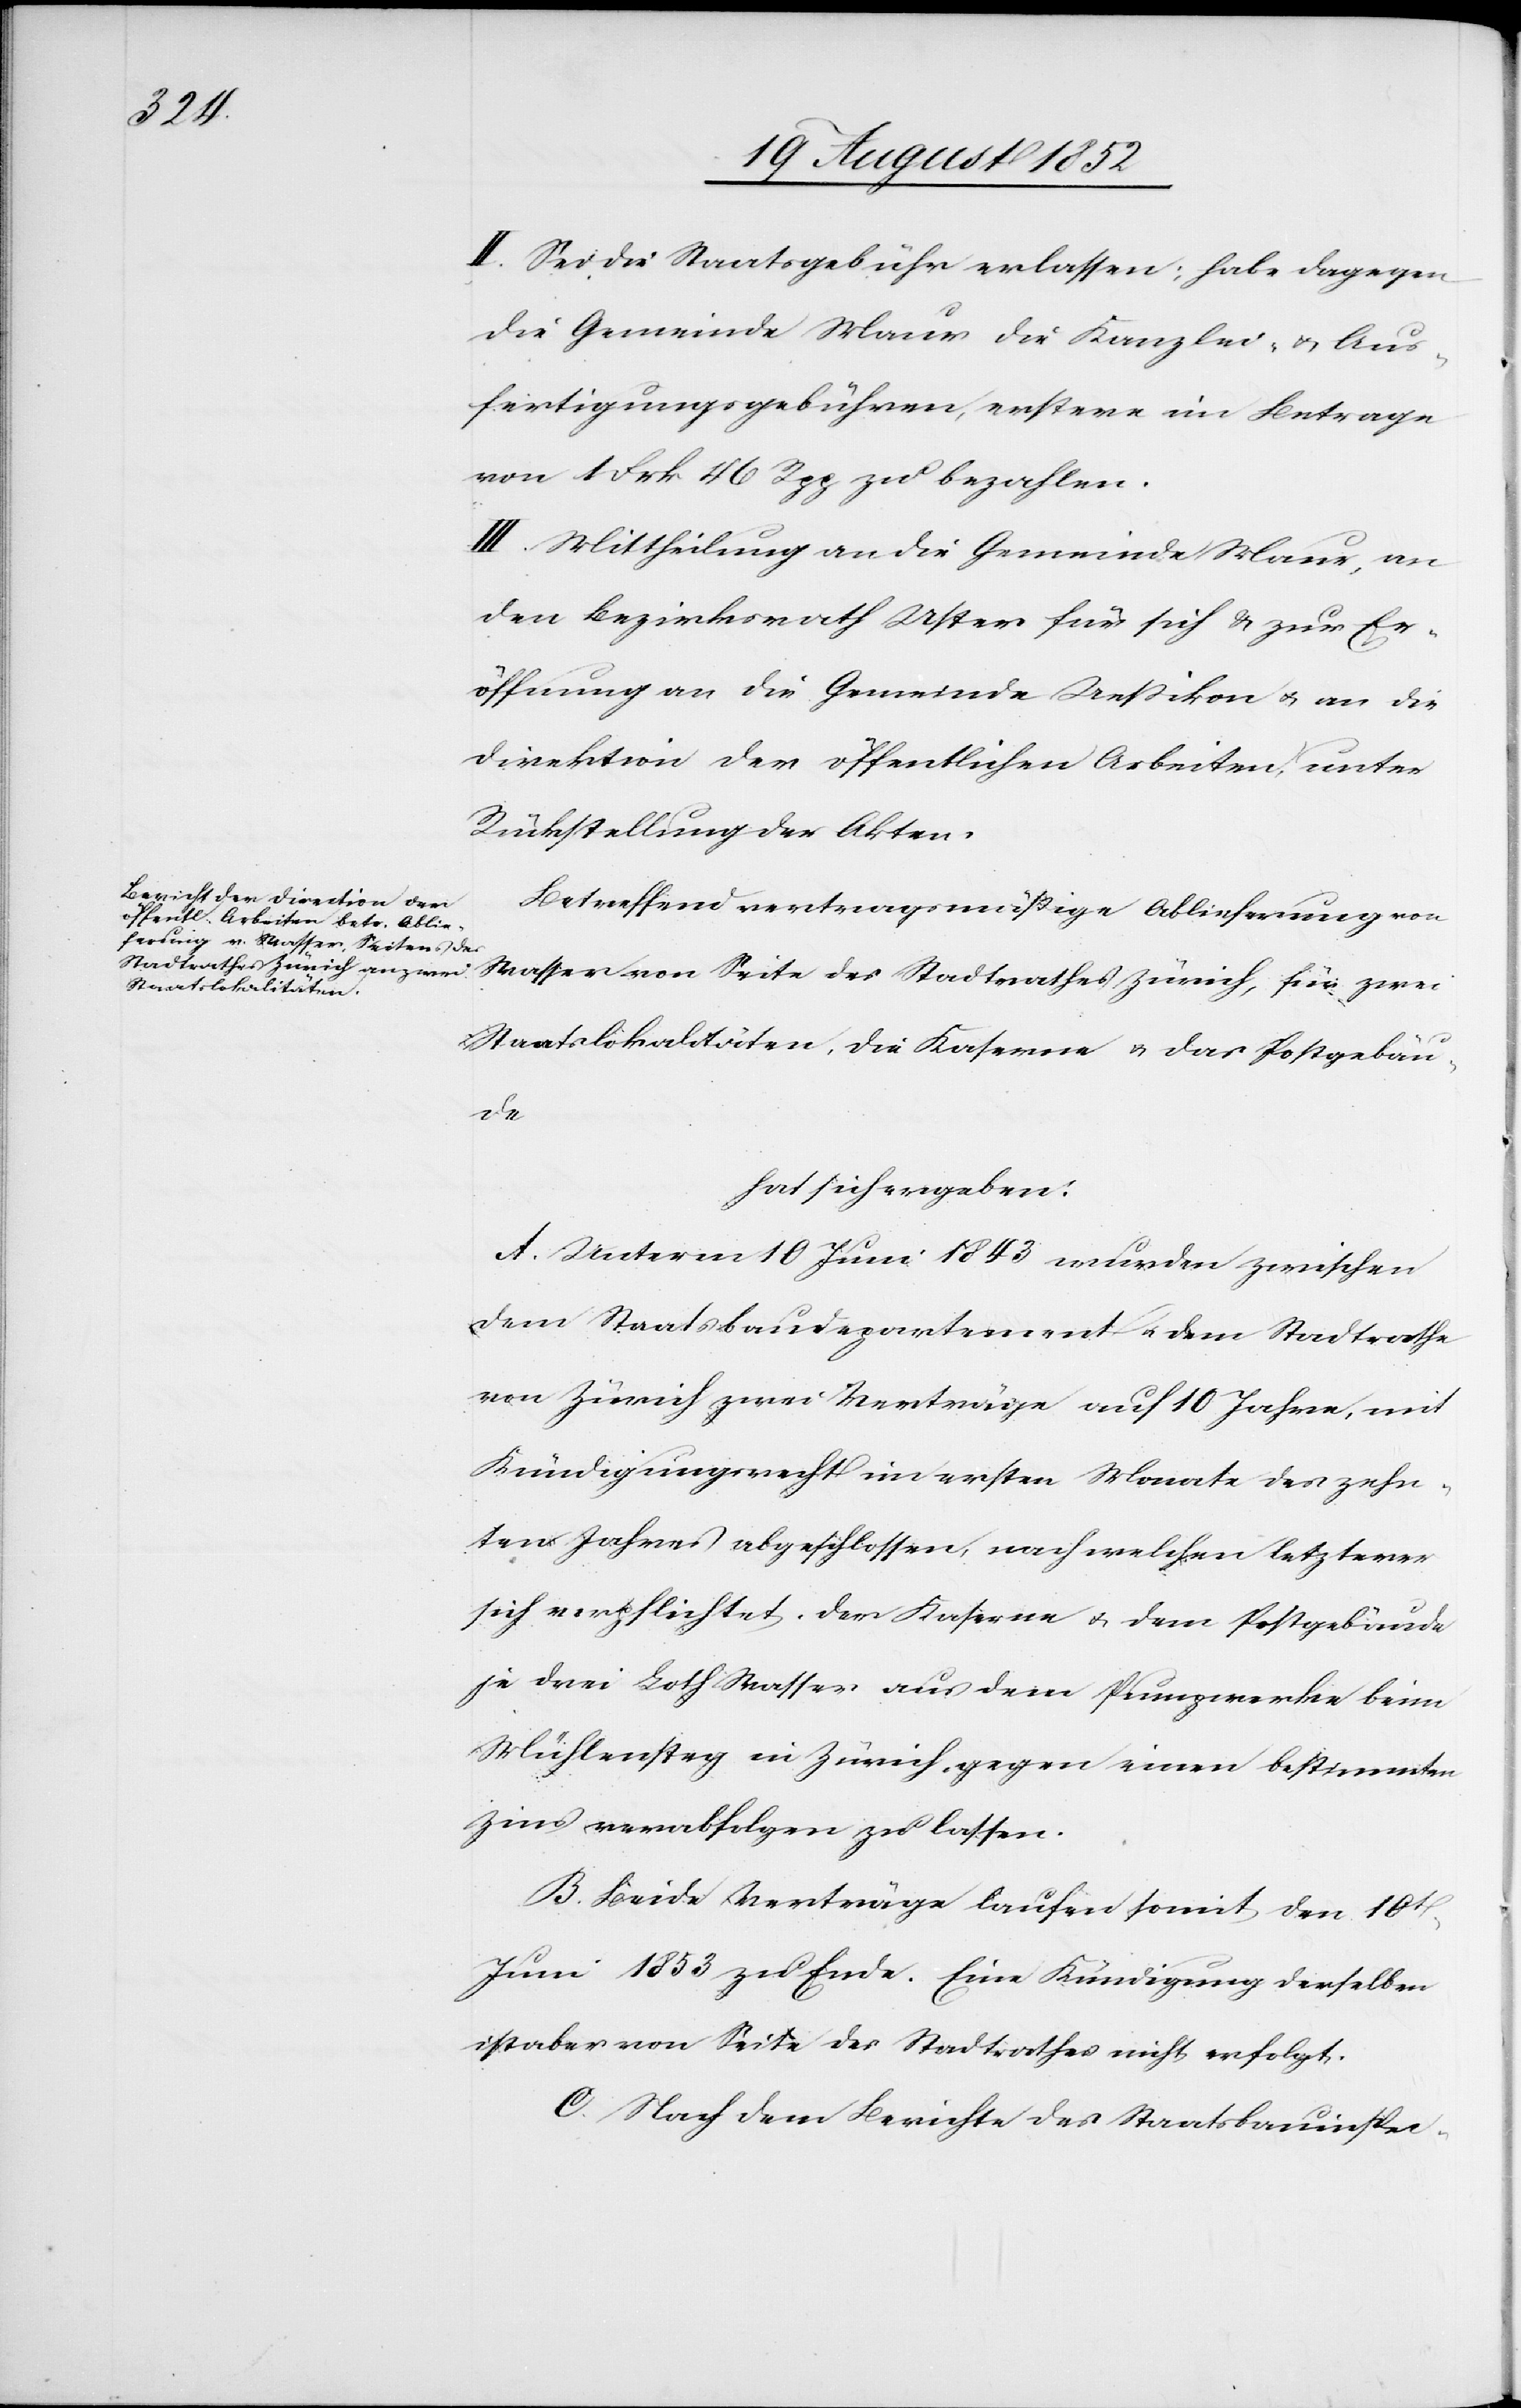
II. Sei die Staatsgebühr erlassen; habe dagegen
die Gemeinde Maur die Kanzlei- & Aus¬
fertigungsgebühren, erstere im Betrage
von 1 Frk 46 Rpp zu bezahlen.
III. Mittheilung an die Gemeinde Maur, an
den Bezirksrath Uster für sich & zur Er¬
öffnung an die Gemeinde Ueßikon & an die
Direktion der öffentlichen Arbeiten, unter
Rückstellung der Akten.
Betreffend vertragsmäßige Ablieferung von
Wasser von Seite des Stadtrathes Zürich, für zwei
Staatslokalitäten, die Kaserne & das Postgebäu¬
de
hat sich ergeben:
A. Unterm 10 Juni 1843 wurden zwischen
dem Staatsbaudepartement & dem Stadtrathe
von Zürich zwei Verträge auf 10 Jahre, mit
Kündigungsrecht im ersten Monate des zehn¬
ten Jahres abgeschlossen, nach welchen letzterer
sich verpflichtet, der Kaserne & dem Postgebäude
je drei Loth Wasser aus dem Pumpwerke beim
Mühlensteg in Zürich gegen einen bestimmten
Zins verabfolgen zu lassen.
B. Beide Verträge laufen somit den 10t
Juni 1853 zu Ende. Eine Kündigung derselben
ist aber von Seite des Stadtrathes nicht erfolgt.
C. Nach dem Berichte des Staatsbauinspec-